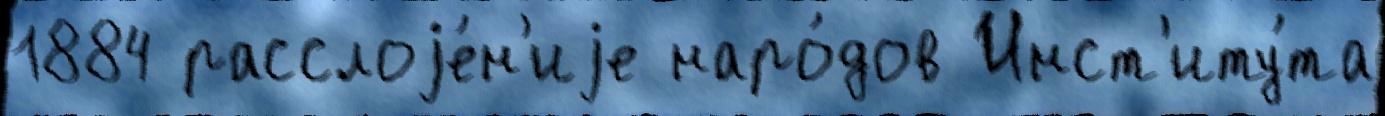
1884 расслоjе́н'иjе наро́дов Инст'иту́та